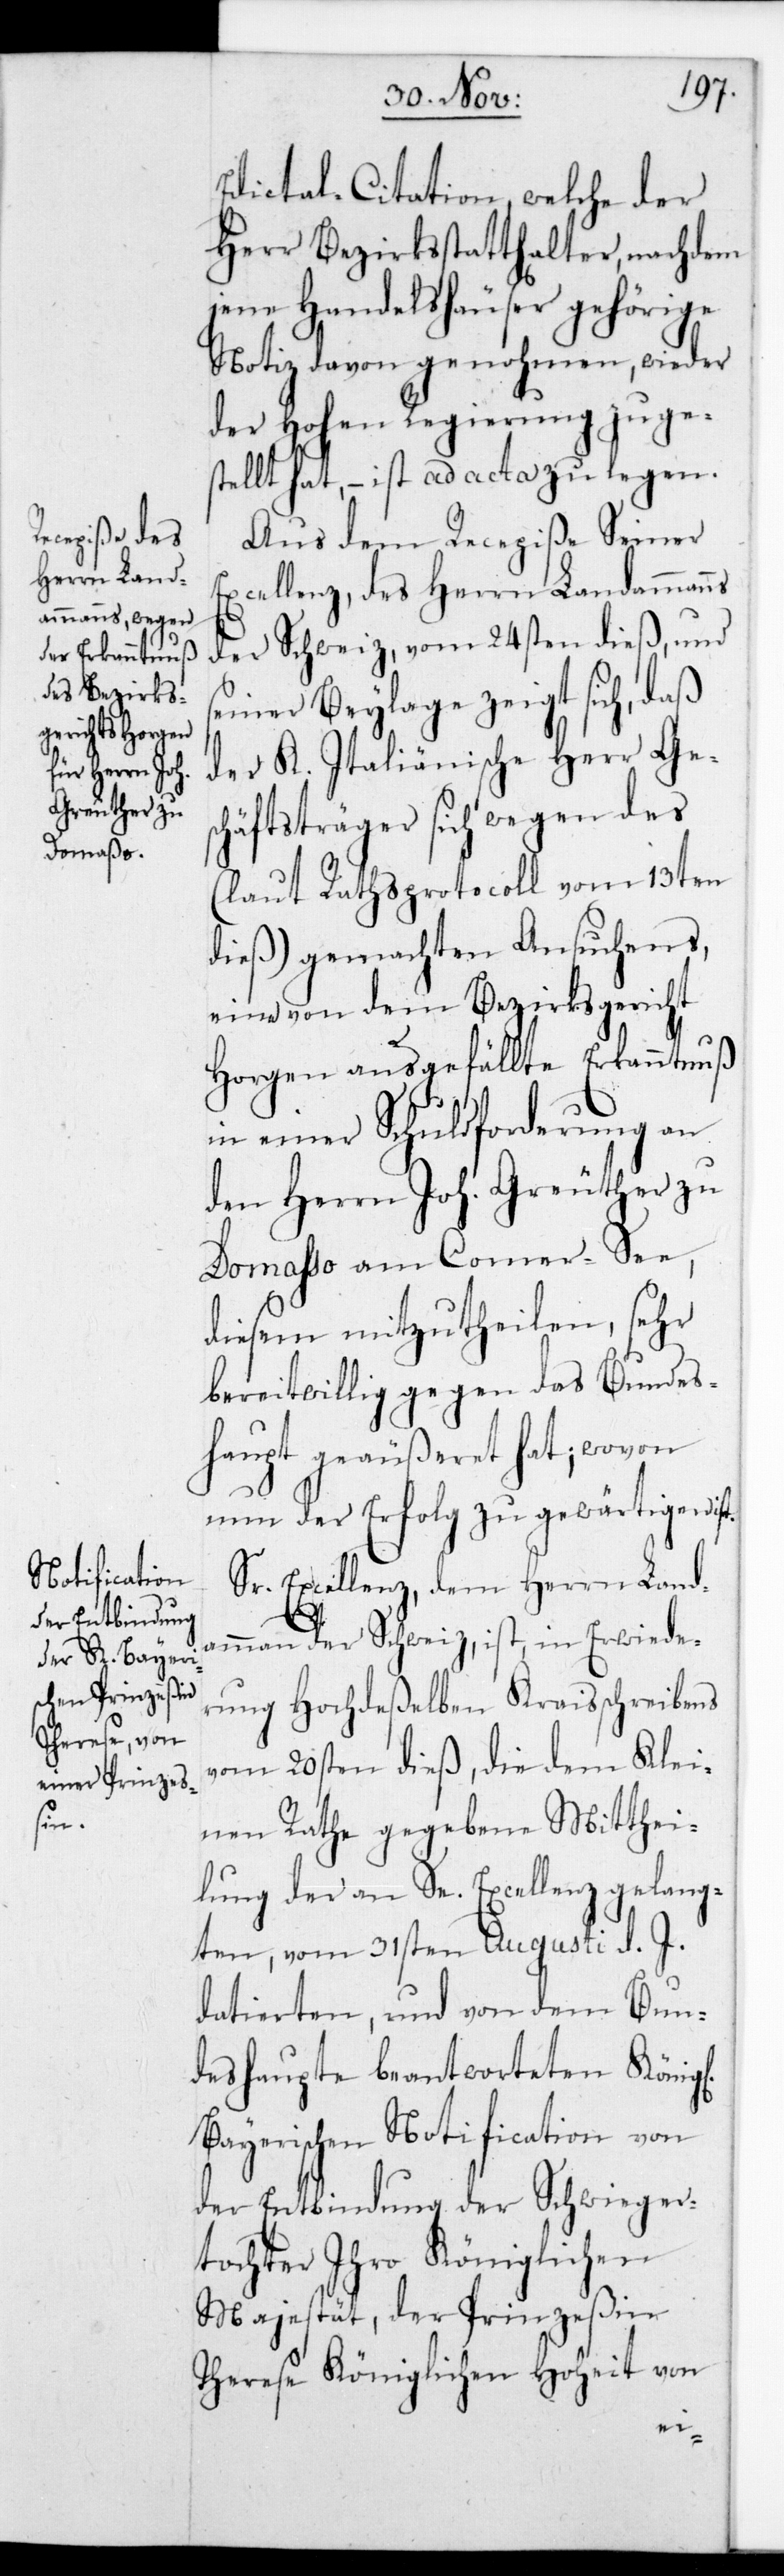
Edictal-Citation, welche der
Herr Bezirksstatthalter, nachdem
jene Handelshäuser gehörige
Notiz davon genohmen, wieder
der Hohen Regierung zuges¬
tellt hat, – ist ad acta zu legen.
Aus dem Recepiße Sr
Excellenz des Herrn Landammanns
der Schweiz vom 24sten dieß, und
seiner Beylage zeigt sich, daß
der K. Italiänische Herr Ge¬
schäftsträger sich wegen des
(laut Rathsprotocoll vom 13ten
dieß) gemachten Ansuchens,
eine von dem Bezirksgericht
Horgen ausgefällte Erkanntnuß
in einer Schuldforderung an
den Herrn Joh. Greuther zu
Domaßo am Comer-See,
diesem mitzutheilen, sehr
bereitwillig gegen das Bundes¬
haupt geäußeret hat; wovon
nun der Erfolg zu gewärtigen ist.
Sr. Excellenz dem Herrn Land¬
ammann der Schweiz ist, in Erwiede¬
rung Hochdeßelben Kreisschreibens
vom 20sten dieß, die dem Klei¬
nen Rathe gegebene Mitthei¬
lung der an Se. Excellenz gelang¬
ten, vom 31sten Augusti d. J.
datierten, und von dem Bun¬
deshaupte beantworteten Königl.
Bayerischen Notification von
der Entbindung der Schwieger¬
tochter Ihro königlichen
Majestät, der Prinzeßin
Therese Königlichen Hoheit von